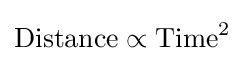
{\text{Distance}}\propto {{\text{Time}}^{2}}